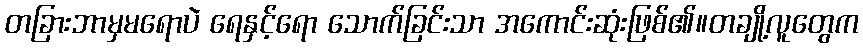
တခြားဘာမှမရောပဲ ရေနှင့်ရော သောက်ခြင်းသာ အကောင်းဆုံးဖြစ်၏။တချို့လူတွေက